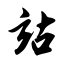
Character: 站